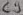
Text: C9